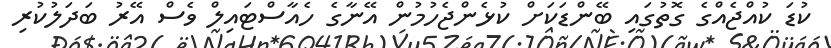
ކުޑަ ކުއްޖެއްގެ ގޮތުގައި ބޭންޑަކަށް ކުޅެންޖެހުމުން އޭނާގެ ހެއާސްޓައިލް ވެސް އޭރު ބަދަލުކުރި